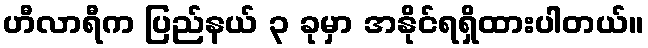
ဟီလာရီက ပြည်နယ် ၃ ခုမှာ အနိုင်ရရှိထားပါတယ်။